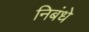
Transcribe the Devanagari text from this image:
निबंधे